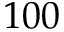
1 0 0